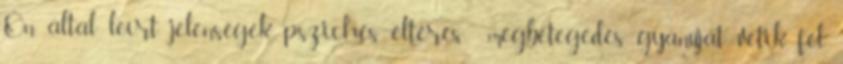
Ön által leírt jelenségek pszichés eltérés megbetegedés gyanúját vetik fel.